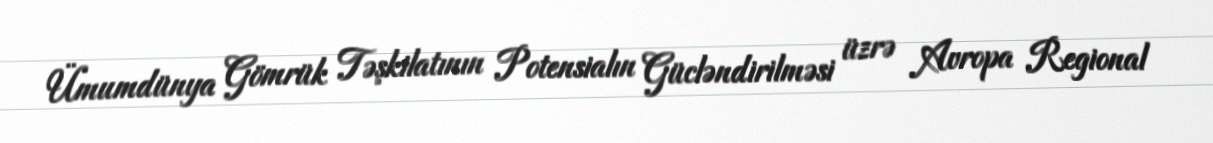
Ümumdünya Gömrük Təşkilatının Potensialın Gücləndirilməsi üzrə Avropa Regional